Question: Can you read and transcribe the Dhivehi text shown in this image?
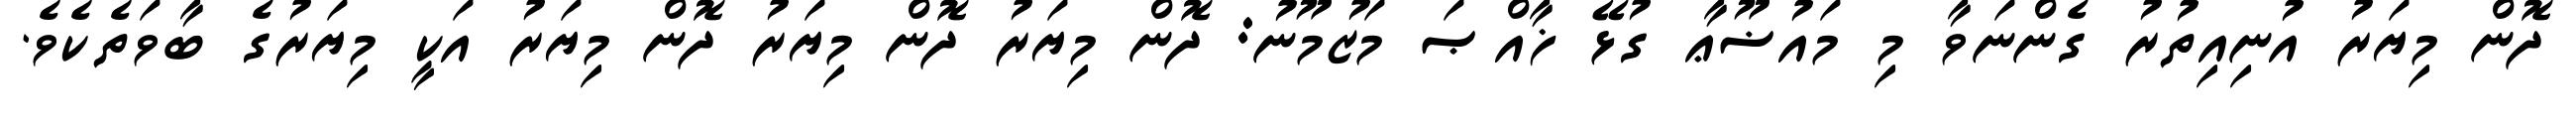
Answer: ދޮން މިޔަރު އުނިއިތުރު ގެންނަވާ މި މައުޟޫޢާ ގުޅޭ ޚާއްޞަ މަޒުމޫނު: ދޮން މިޔަރު ދޮން މިޔަރު ދޮން މިޔަރު އަކީ މިޔަރުގެ ބާވަތެކެވެ.